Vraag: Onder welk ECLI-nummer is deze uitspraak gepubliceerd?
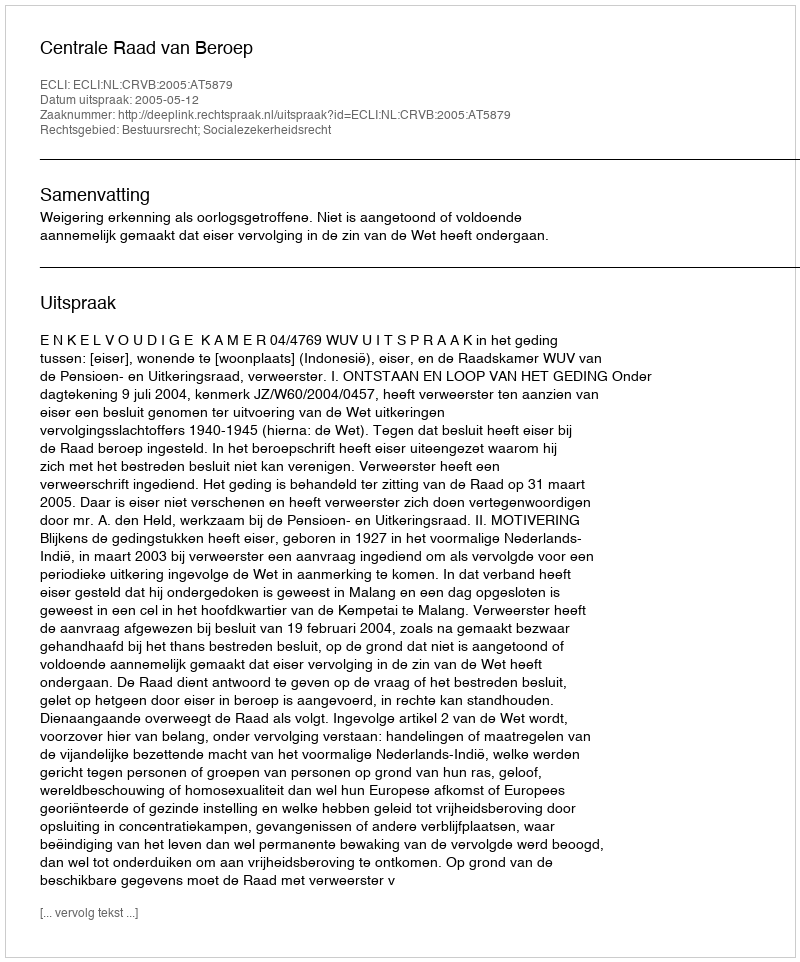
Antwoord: ECLI:NL:CRVB:2005:AT5879